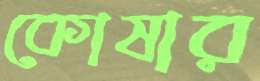
কোষার